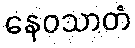
နေဝသာတံ